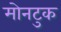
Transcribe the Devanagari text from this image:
मोनटुक